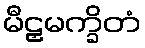
မီဠှမက္ခိတံ